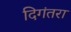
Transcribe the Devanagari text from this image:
दिगंतरा